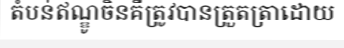
តំបន់ឥណ្ឌូចិនគឺត្រូវបានត្រួតត្រាដោយ